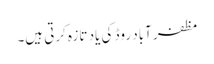
مظفر آباد روڈ کی یاد تازہ کرتی ہیں۔